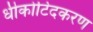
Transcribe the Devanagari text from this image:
धीकोटिदकरण